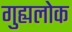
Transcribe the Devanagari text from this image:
गुह्यलोक